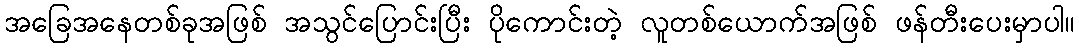
အခြေအနေတစ်ခုအဖြစ် အသွင်ပြောင်းပြီး ပိုကောင်းတဲ့ လူတစ်ယောက်အဖြစ် ဖန်တီးပေးမှာပါ။